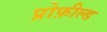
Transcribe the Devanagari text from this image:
प्रोफ़ील्ड